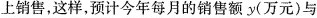
上销售，这样，预计今年每月的销售额y(万元)与